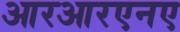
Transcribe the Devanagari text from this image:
आरआरएनए